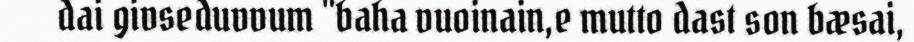
dai givseduvvum "baha vuoinain,e mutto dast son bæsai,